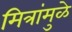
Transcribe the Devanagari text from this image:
मित्रांमुळे